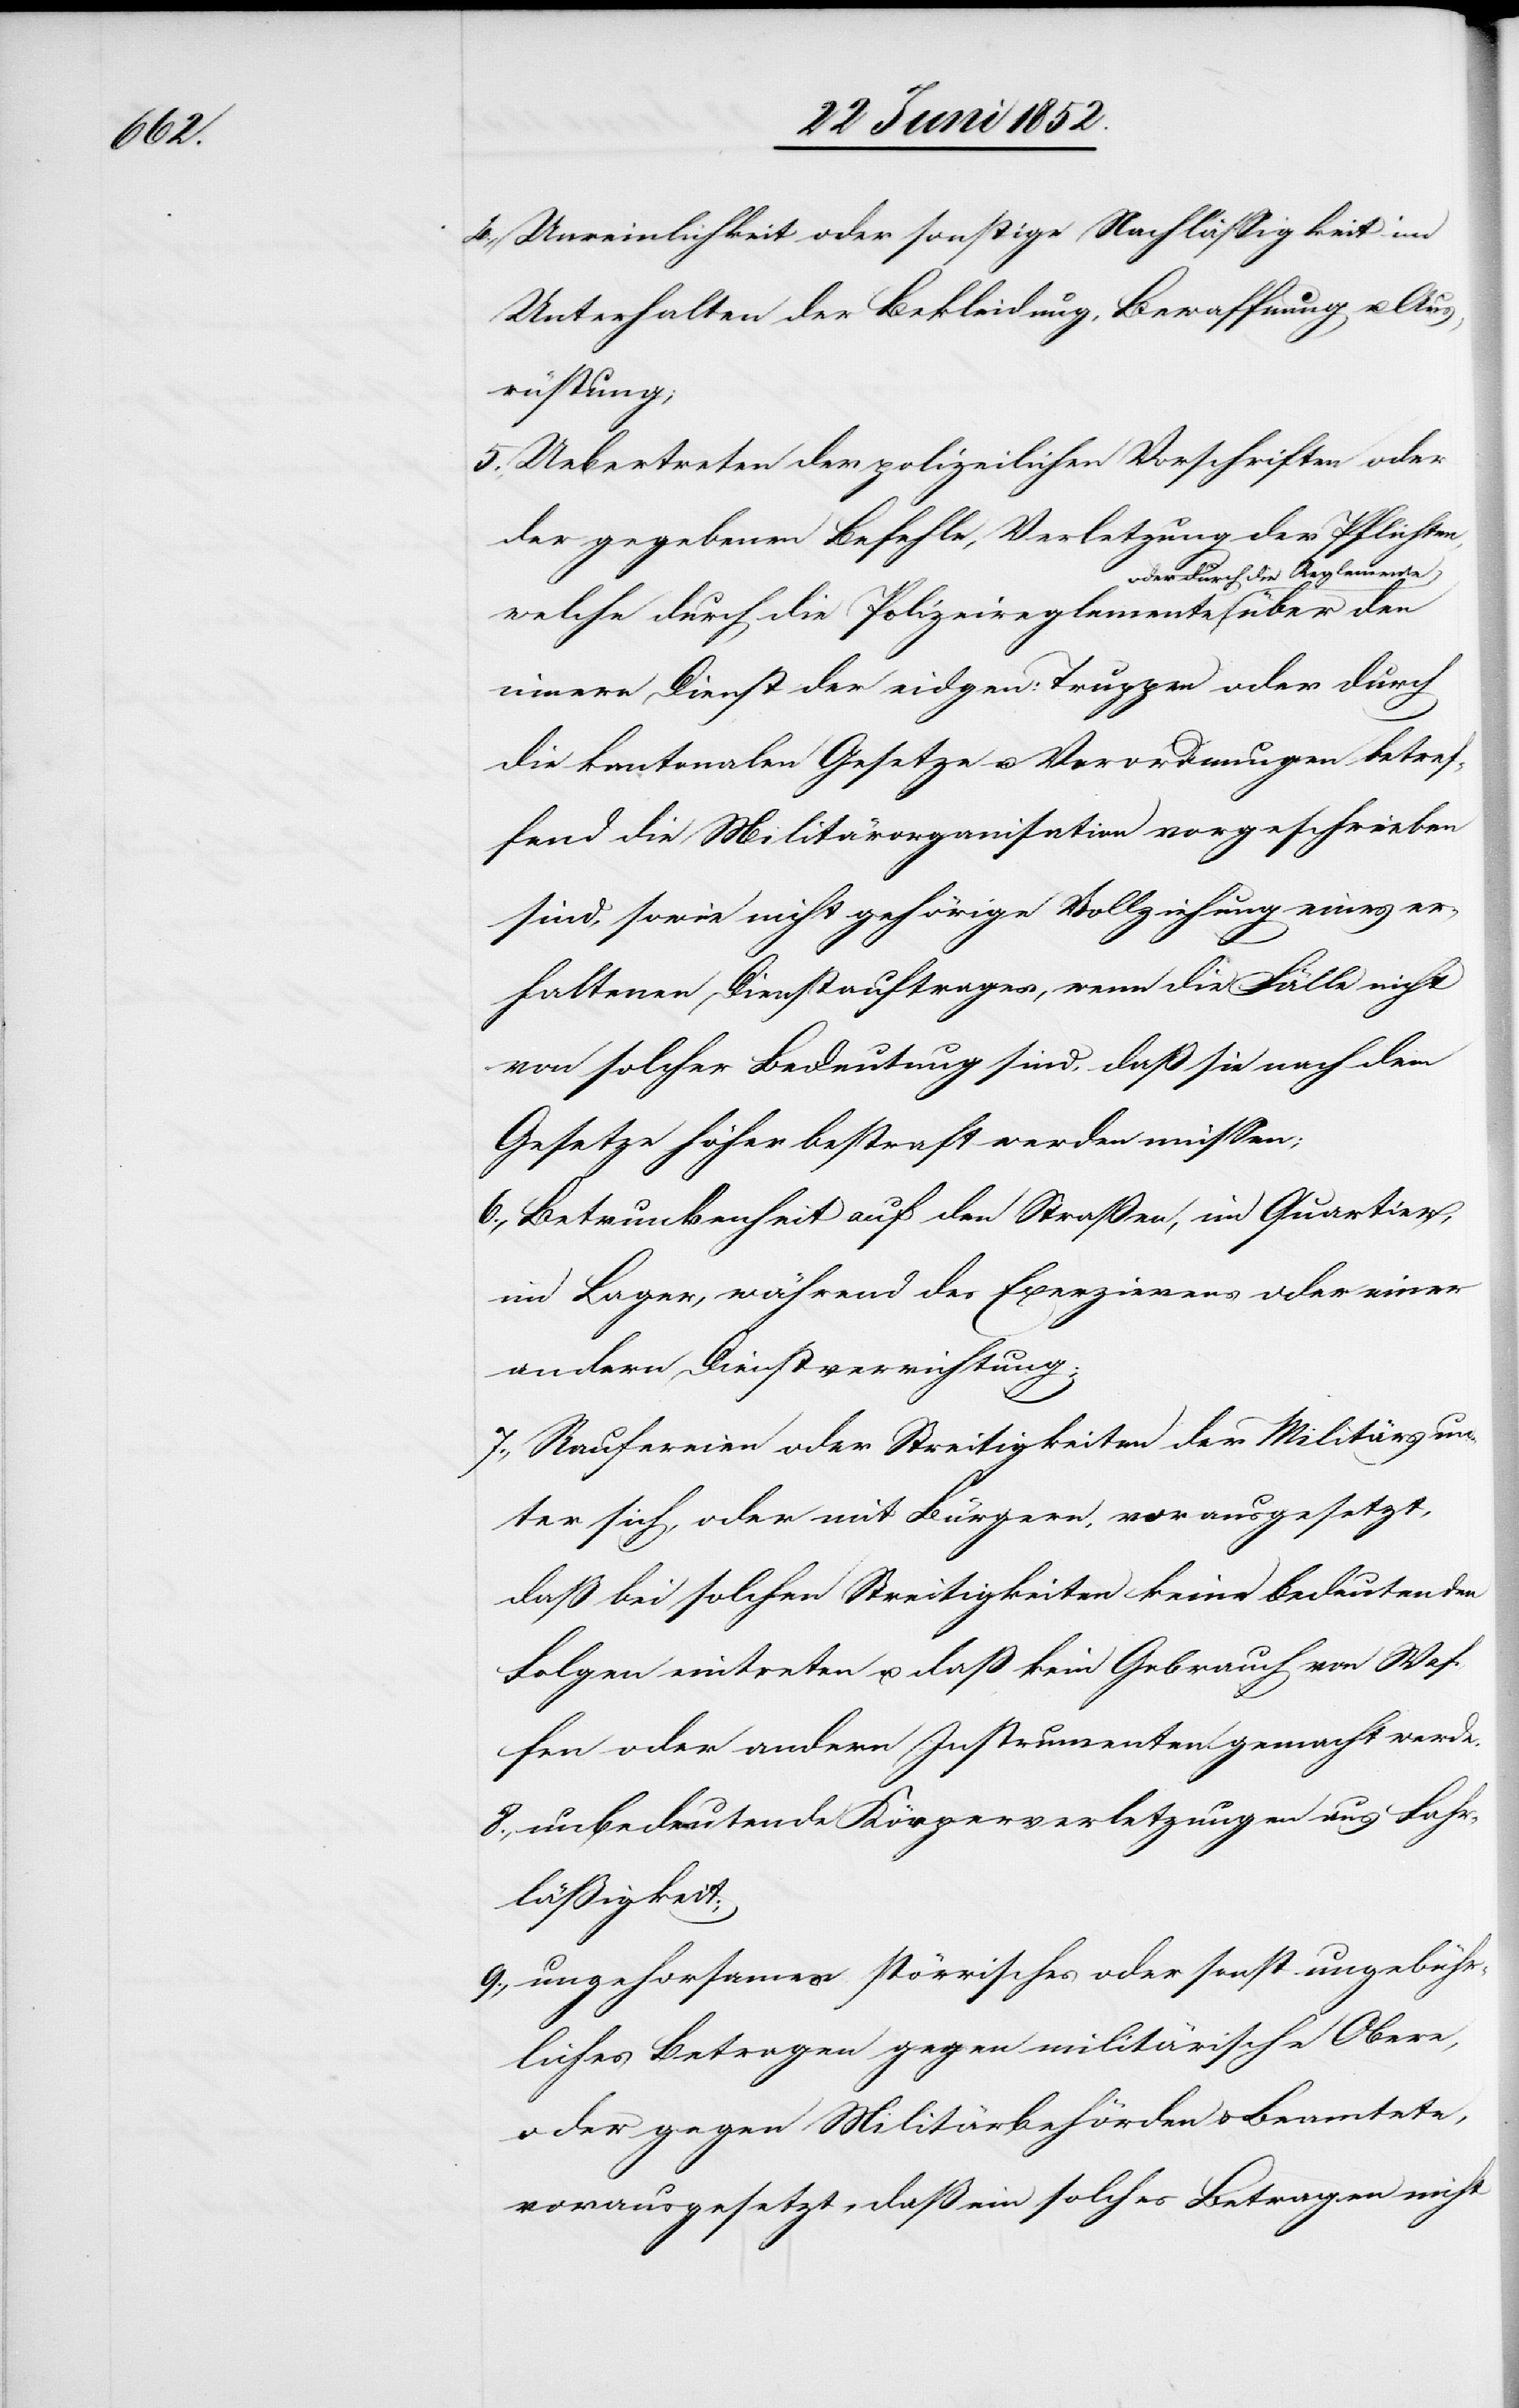
über

Unreinlichkeit oder sonstige Nachlässigkeit im
Unterhalten der Bekleidung, Bewaffnung u. Aus¬
rüstung;
Uebertreten der polizeilichen Vorschriften oder
der gegebenen Befehle, Verletzung der Pflichten,
der durch die Reglemente
welche durch die Polizeireglemente o¬
innern Dienst der eidgen: Truppen oder durch
die kantonalen Gesetze u. Verordnungen betref¬
fend die Militärorganisation vorgeschrieben
sind, sowie nicht gehörige Vollziehung eines er¬
haltenen Dienstauftrages, wenn die Fälle nicht
von solcher Bedeutung sind, daß sie nach dem
Gesetze höher bestraft werden müssen;
Betrunkenheit auf den Straßen, im Quartier,
im Lager, während des Exerzierens oder einer
andern Dienstverrichtung;
7.,
Raufereien oder Streitigkeiten der Militärs un¬
ter sich, oder mit Bürgern, vorausgesetzt,
daß bei solchen Streitigkeiten keine bedeutenden
Folgen eintreten u. daß kein Gebrauch von Waf¬
fen oder andern Instrumenten gemacht werde.
unbedeutende Körperverletzungen aus Fahr¬
läßigkeit;
ungehorsames störrisches oder sonst ungebühr¬
liches Betragen gegen militärische Obere,
oder gegen Militärbehörden & Beamtete,
vorausgesetzt, daß ein solches Betragen nicht